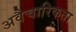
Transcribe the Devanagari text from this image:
अवैचारिकता